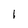
Character: I